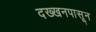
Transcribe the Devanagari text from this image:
दख्खनपासून